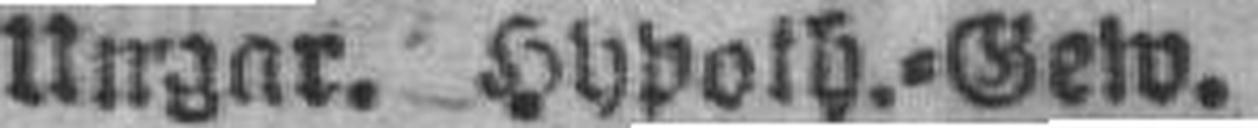
Ungar. Hypoth.=Gew.